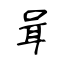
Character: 咠